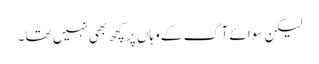
لیکن سوائے آگ کے وہاں پر کچھ بھی نہیں تھا۔